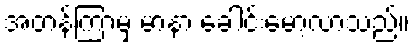
အတန်ကြာမှ မာနာ ခေါင်းမော့လာသည်။